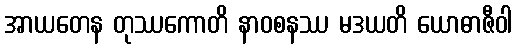
အာယတေန တုဿကောတိ နာဝစနဿ မဒယတိ ယောဓာဇီဝါ